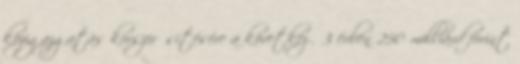
közigazgatás korszerűsítésére a következő 3 évben 250 milliárd forint